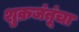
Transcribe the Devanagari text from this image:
शुक्रजंतूंचा